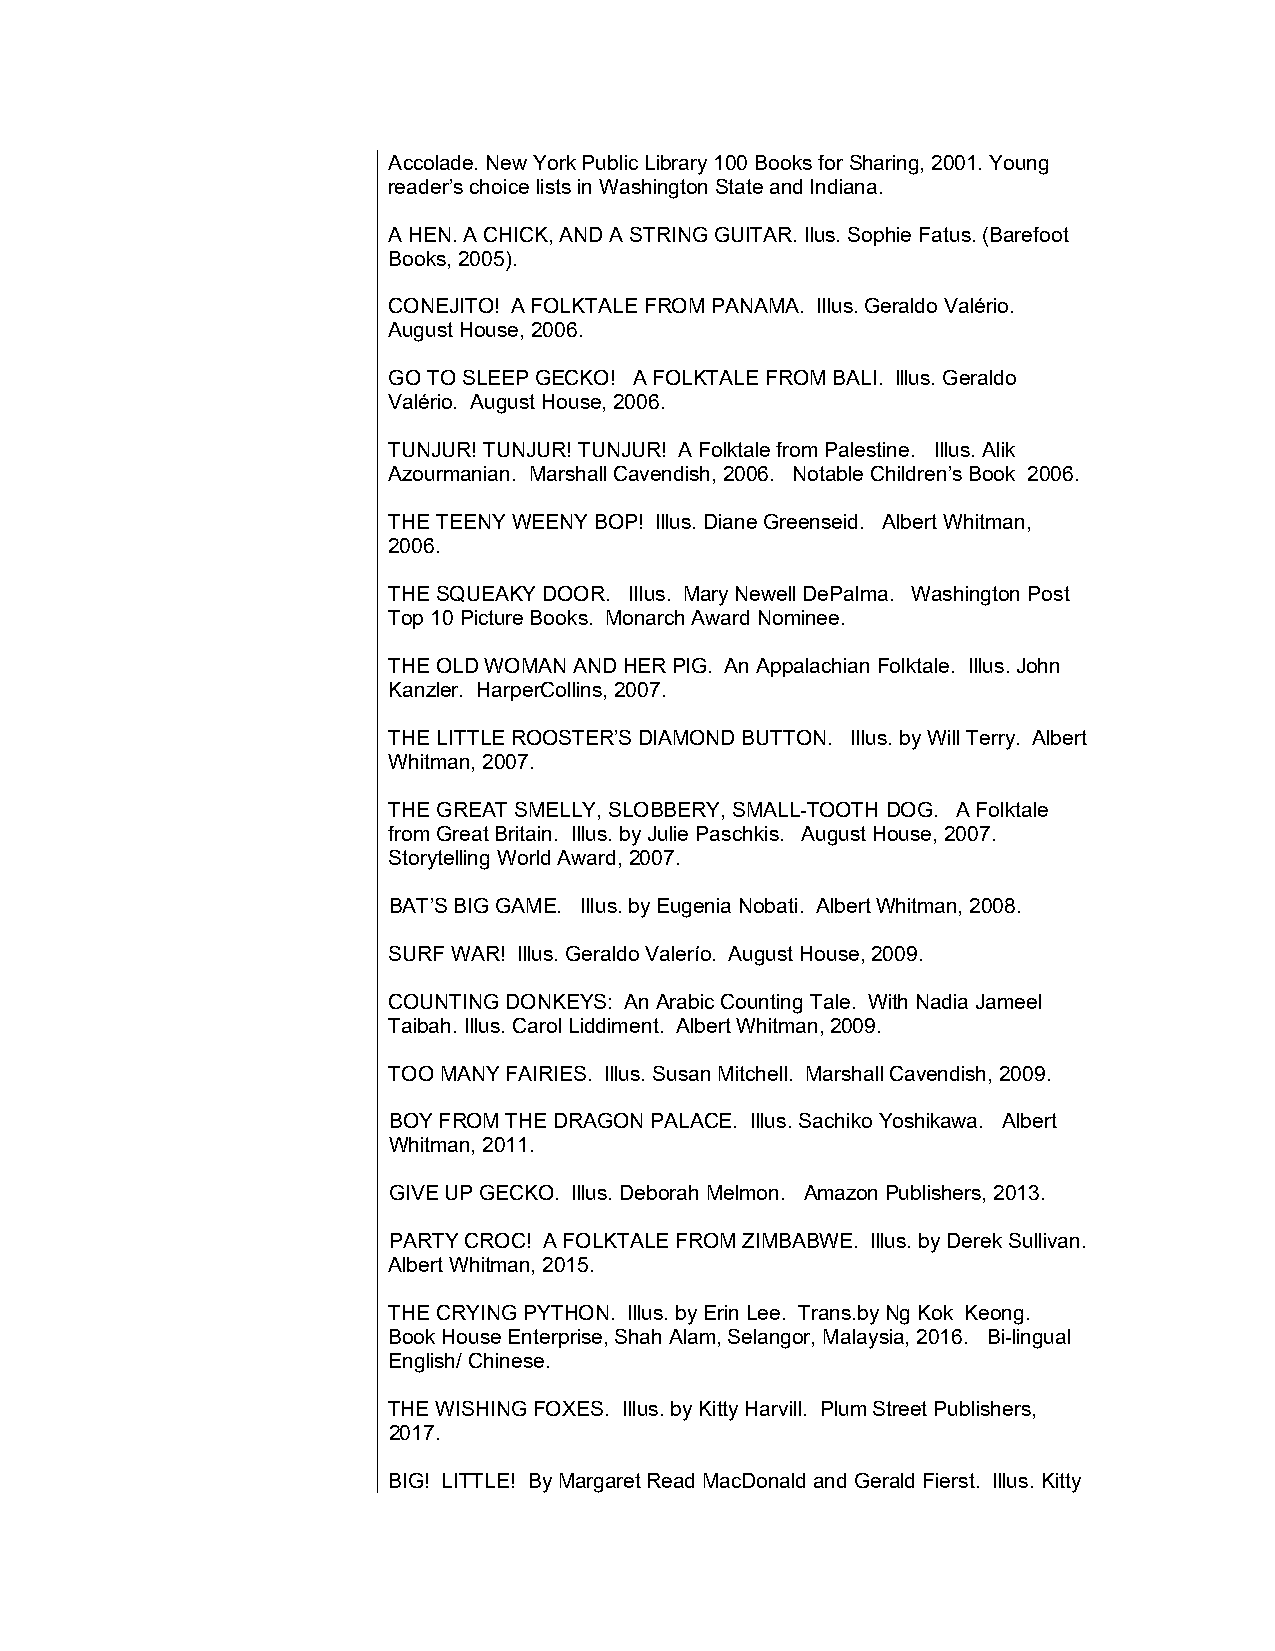
Accolade. New York Public Library 100 Books for Sharing, 2001. Young
 reader’s choice lists in Washington State and Indiana.
 A HEN. A CHICK, AND A STRING GUITAR. Ilus. Sophie Fatus. (Barefoot
 Books, 2005).
 CONEJITO! A FOLKTALE FROM PANAMA. Illus. Geraldo Valério.
 August House, 2006.
 GO TO SLEEP GECKO! A FOLKTALE FROM BALI. Illus. Geraldo
 Valério. August House, 2006.
 TUNJUR! TUNJUR! TUNJUR! A Folktale from Palestine. Illus. Alik
 Azourmanian. Marshall Cavendish, 2006. Notable Children’s Book 2006.
 THE TEENY WEENY BOP! Illus. Diane Greenseid. Albert Whitman,
 2006.
 THE SQUEAKY DOOR. Illus. Mary Newell DePalma. Washington Post
 Top 10 Picture Books. Monarch Award Nominee.
 THE OLD WOMAN AND HER PIG. An Appalachian Folktale. Illus. John
 Kanzler. HarperCollins, 2007.
 THE LITTLE ROOSTER’S DIAMOND BUTTON. Illus. by Will Terry. Albert
 Whitman, 2007.
 THE GREAT SMELLY, SLOBBERY, SMALL-TOOTH DOG. A Folktale
 from Great Britain. Illus. by Julie Paschkis. August House, 2007.
 Storytelling World Award, 2007.
 BAT’S BIG GAME. Illus. by Eugenia Nobati. Albert Whitman, 2008.
 SURF WAR! Illus. Geraldo Valerío. August House, 2009.
 COUNTING DONKEYS: An Arabic Counting Tale. With Nadia Jameel
 Taibah. Illus. Carol Liddiment. Albert Whitman, 2009.
 TOO MANY FAIRIES. Illus. Susan Mitchell. Marshall Cavendish, 2009.
 BOY FROM THE DRAGON PALACE. Illus. Sachiko Yoshikawa. Albert
 Whitman, 2011.
 GIVE UP GECKO. Illus. Deborah Melmon. Amazon Publishers, 2013.
 PARTY CROC! A FOLKTALE FROM ZIMBABWE. Illus. by Derek Sullivan.
 Albert Whitman, 2015.
 THE CRYING PYTHON. Illus. by Erin Lee. Trans.by Ng Kok Keong.
 Book House Enterprise, Shah Alam, Selangor, Malaysia, 2016. Bi-lingual
 English/ Chinese.
 THE WISHING FOXES. Illus. by Kitty Harvill. Plum Street Publishers,
 2017.
 BIG! LITTLE! By Margaret Read MacDonald and Gerald Fierst. Illus. Kitty